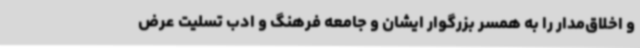
و اخلاق‌مدار را به همسر بزرگوار ایشان و جامعه فرهنگ و ادب تسلیت عرض